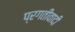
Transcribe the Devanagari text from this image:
प्रगतीवादी